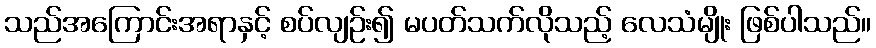
သည်အကြောင်းအရာနှင့် စပ်လျဉ်း၍ မပတ်သက်လိုသည့် လေသံမျိုး ဖြစ်ပါသည်။